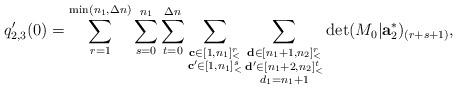
LaTeX: \begin{align*}q_{2,3}'(0)=\sum\limits_{r=1}^{\min(n_1,\Delta n)}\sum\limits_{s=0}^{n_1}\sum\limits_{t=0}^{\Delta n}\sum\limits_{\substack{\mathbf{c}\in [1,n_1]_<^r\\\mathbf{c'}\in [1,n_1]_<^s}}\sum\limits_{\substack{\mathbf{d}\in [n_1+1,n_2]_<^r\\\mathbf{d'}\in [n_1+2,n_2]_<^t\\d_1=n_1+1}}\det (M_0|\mathbf{a}_2^\ast)_{(r+s+1)},\end{align*}